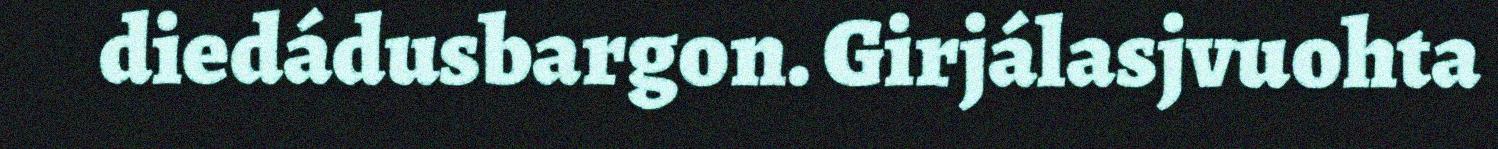
diedádusbargon. Girjálasjvuohta